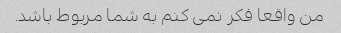
من واقعا فکر نمی کنم به شما مربوط باشد.